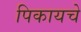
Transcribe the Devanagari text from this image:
पिकायचे